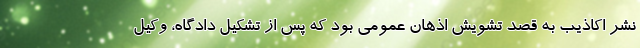
نشر اکاذیب به قصد تشویش اذهان عمومی بود که پس از تشکیل دادگاه، وکیل